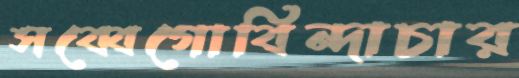
সব্বেগোবিন্দাচার